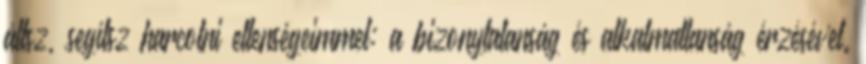
állsz, segítsz harcolni ellenségeimmel: a bizonytalanság és alkalmatlanság érzésével.